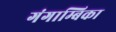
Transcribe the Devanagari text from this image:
गंगाम्बिका